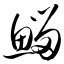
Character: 鲻